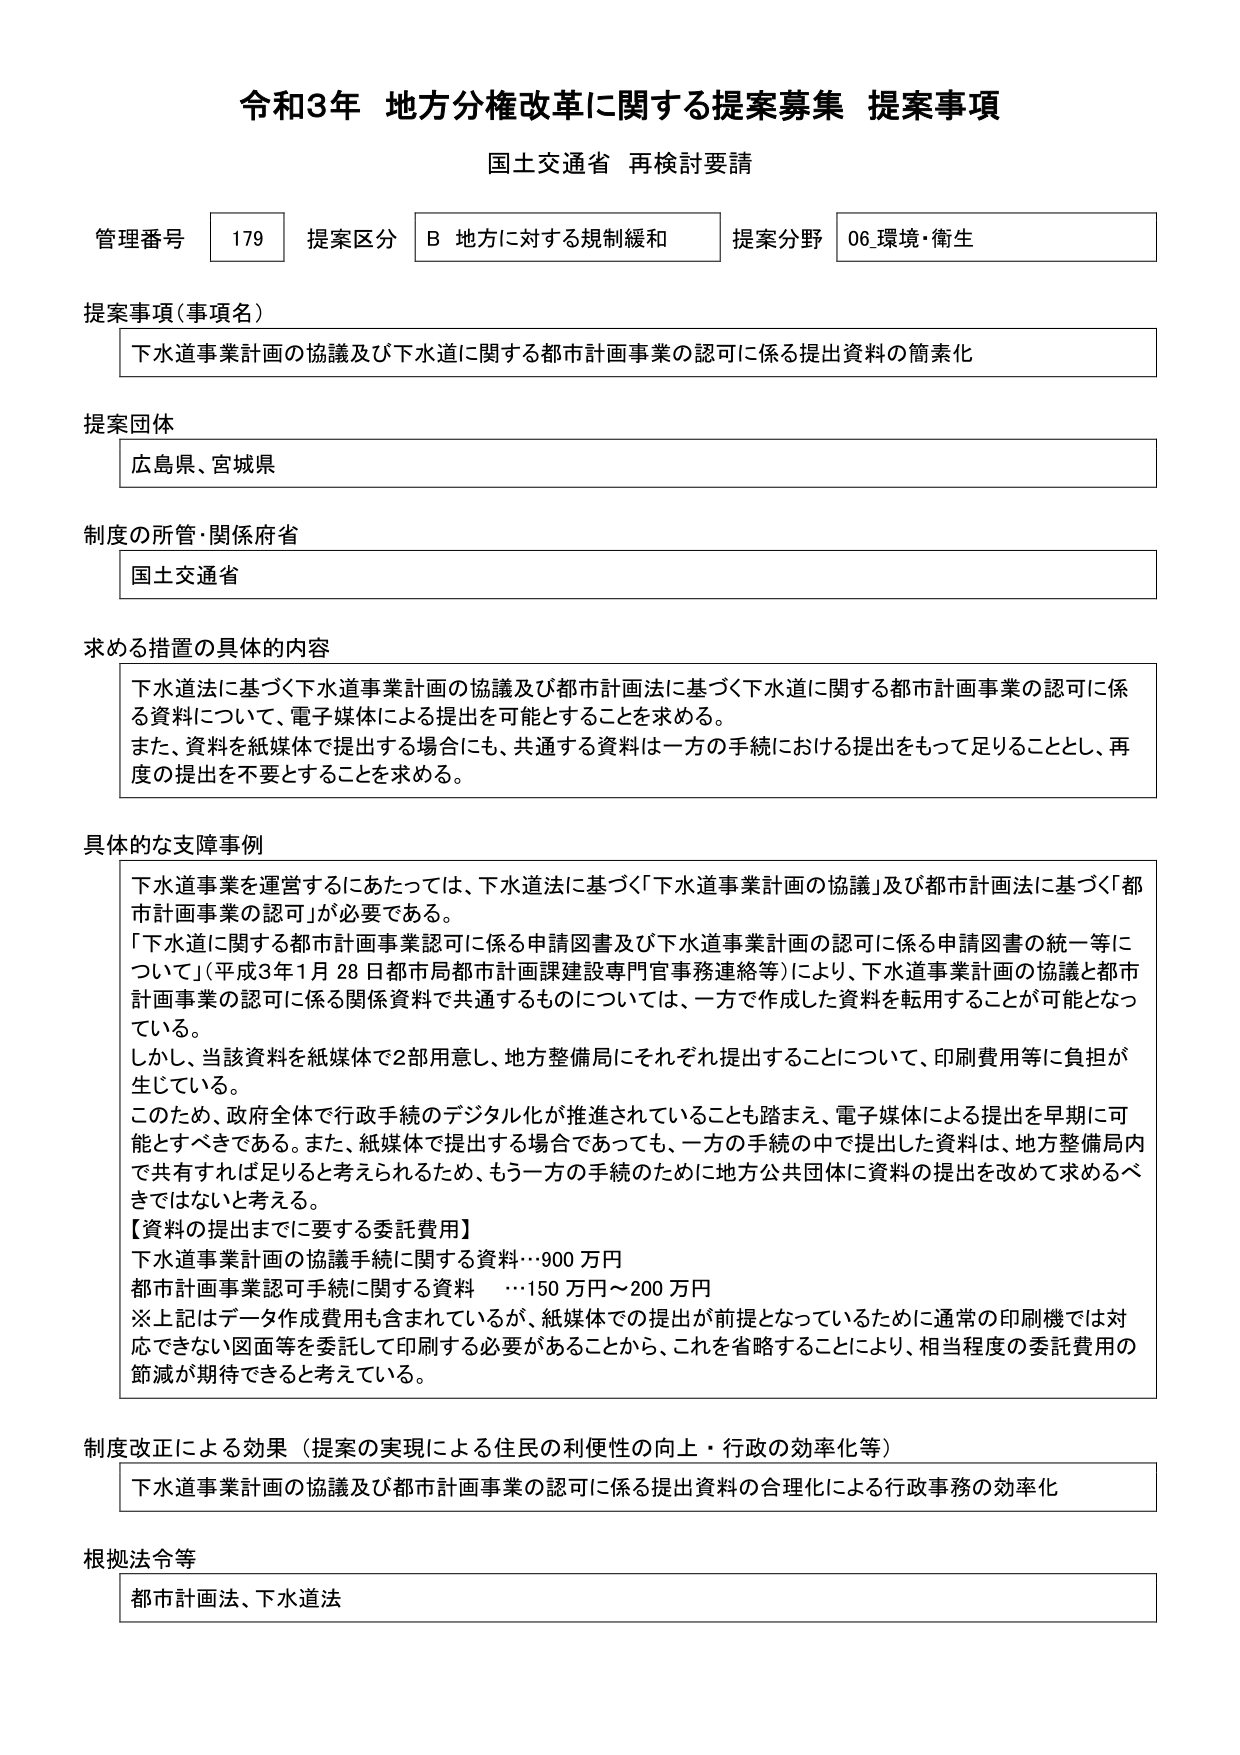
令和3年 地方分権改革に関する提案募集 提案事項
国土交通省 再検討要請

管理番号 179 提案区分 B 地方に対する規制緩和 提案分野 06 環境・衛生

提案事項（事項名）
下水道事業計画の協議及び下水道に関する都市計画事業の認可に係る提出資料の簡素化

提案団体
広島県、宮城県

制度の所管・関係府省
国土交通省

求める措置の具体的内容
下水道法に基づく下水道事業計画の協議及び都市計画法に基づく下水道に関する都市計画事業の認可に係る資料について、電子媒体による提出を可能とすることを求める。
また、資料を紙媒体で提出する場合にも、共通する資料は一方の手続における提出をもって足りることとし、再度の提出を不要とすることを求める。

具体的な支障事例
下水道事業を運営するにあたっては、下水道法に基づく「下水道事業計画の協議」及び都市計画法に基づく「都市計画事業の認可」が必要である。
「下水道に関する都市計画事業認可に係る申請図書及び下水道事業計画の認可に係る申請図書の統一等について」（平成3年1月28日都市局都市計画課建設専門官事務連絡等）により、下水道事業計画の協議と都市計画事業の認可に係る関係資料で共通するものについては、一方で作成した資料を転用することが可能となっている。
しかし、当該資料を紙媒体で2部用意し、地方整備局にそれぞれ提出することについて、印刷費用等に負担が生じている。
このため、政府全体で行政手続のデジタル化が推進されていることも踏まえ、電子媒体による提出を早期に可能とすべきである。また、紙媒体で提出する場合であっても、一方の手続の中で提出した資料は、地方整備局内で共有すれば足りると考えられるため、もう一方の手続のために地方公共団体に資料の提出を改めて求めるべきではないと考える。
【資料の提出までに要する委託費用】
下水道事業計画の協議手続に関する資料…900万円
都市計画事業認可手続に関する資料 …150万円～200万円
※上記はデータ作成費用も含まれているが、紙媒体での提出が前提となっているために通常の印刷機では対応できない図面等を委託して印刷する必要があることから、これを省略することにより、相当程度の委託費用の節減が期待できると考えている。

制度改正による効果（提案の実現による住民の利便性の向上・行政の効率化等）
下水道事業計画の協議及び都市計画事業の認可に係る提出資料の合理化による行政事務の効率化

根拠法令等
都市計画法、下水道法